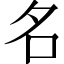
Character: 名